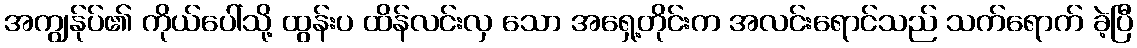
အကျွန်ုပ်၏ ကိုယ်ပေါ်သို့ ထွန်းပ ထိန်လင်းလှ သော အရှေ့တိုင်းက အလင်းရောင်သည် သက်ရောက် ခဲ့ပြီ